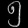
Digit: ၅